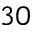
3 0